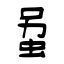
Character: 虽